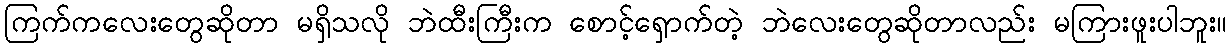
ကြက်ကလေးတွေဆိုတာ မရှိသလို ဘဲထီးကြီးက စောင့်ရှောက်တဲ့ ဘဲလေးတွေဆိုတာလည်း မကြားဖူးပါဘူး။